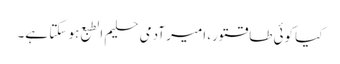
کیا کوئی طاقتور، امیر آدمی حلیم الطبع ہو سکتا ہے۔